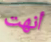
أنهت